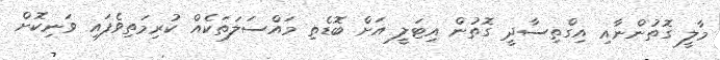
މާލީ ގޮތުންނާއި އިގްތިސާދީ ގޮތުން އިޓަލީ އަށް ބޮޑެތި މައްސަލަތަކެއް ކުރިމަތިވެފައި ވަނިިކޮށް